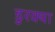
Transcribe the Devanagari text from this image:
डुरक्या